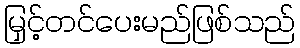
မြှင့်တင်ပေးမည်ဖြစ်သည်